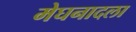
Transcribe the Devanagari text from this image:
मेघनादला